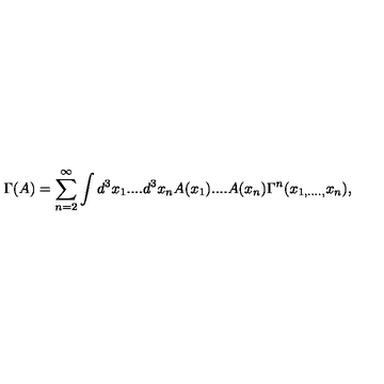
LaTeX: \Gamma ( A ) = \sum _ { n = 2 } ^ { \infty } \int d ^ { 3 } x _ { 1 } . . . . d ^ { 3 } x _ { n } A ( x _ { 1 } ) . . . . A ( x _ { n } ) \Gamma ^ { n } ( x _ { 1 , . . . . , } x _ { n } ) ,